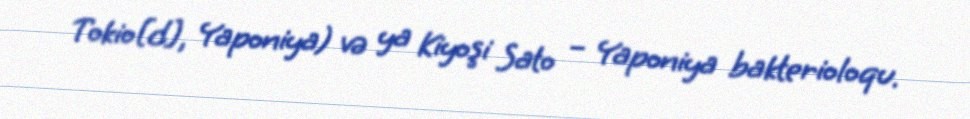
Tokio[d], Yaponiya) və ya Kiyoşi Sato – Yaponiya bakterioloqu.